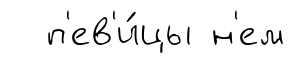
п'ев'и́цы н'ем